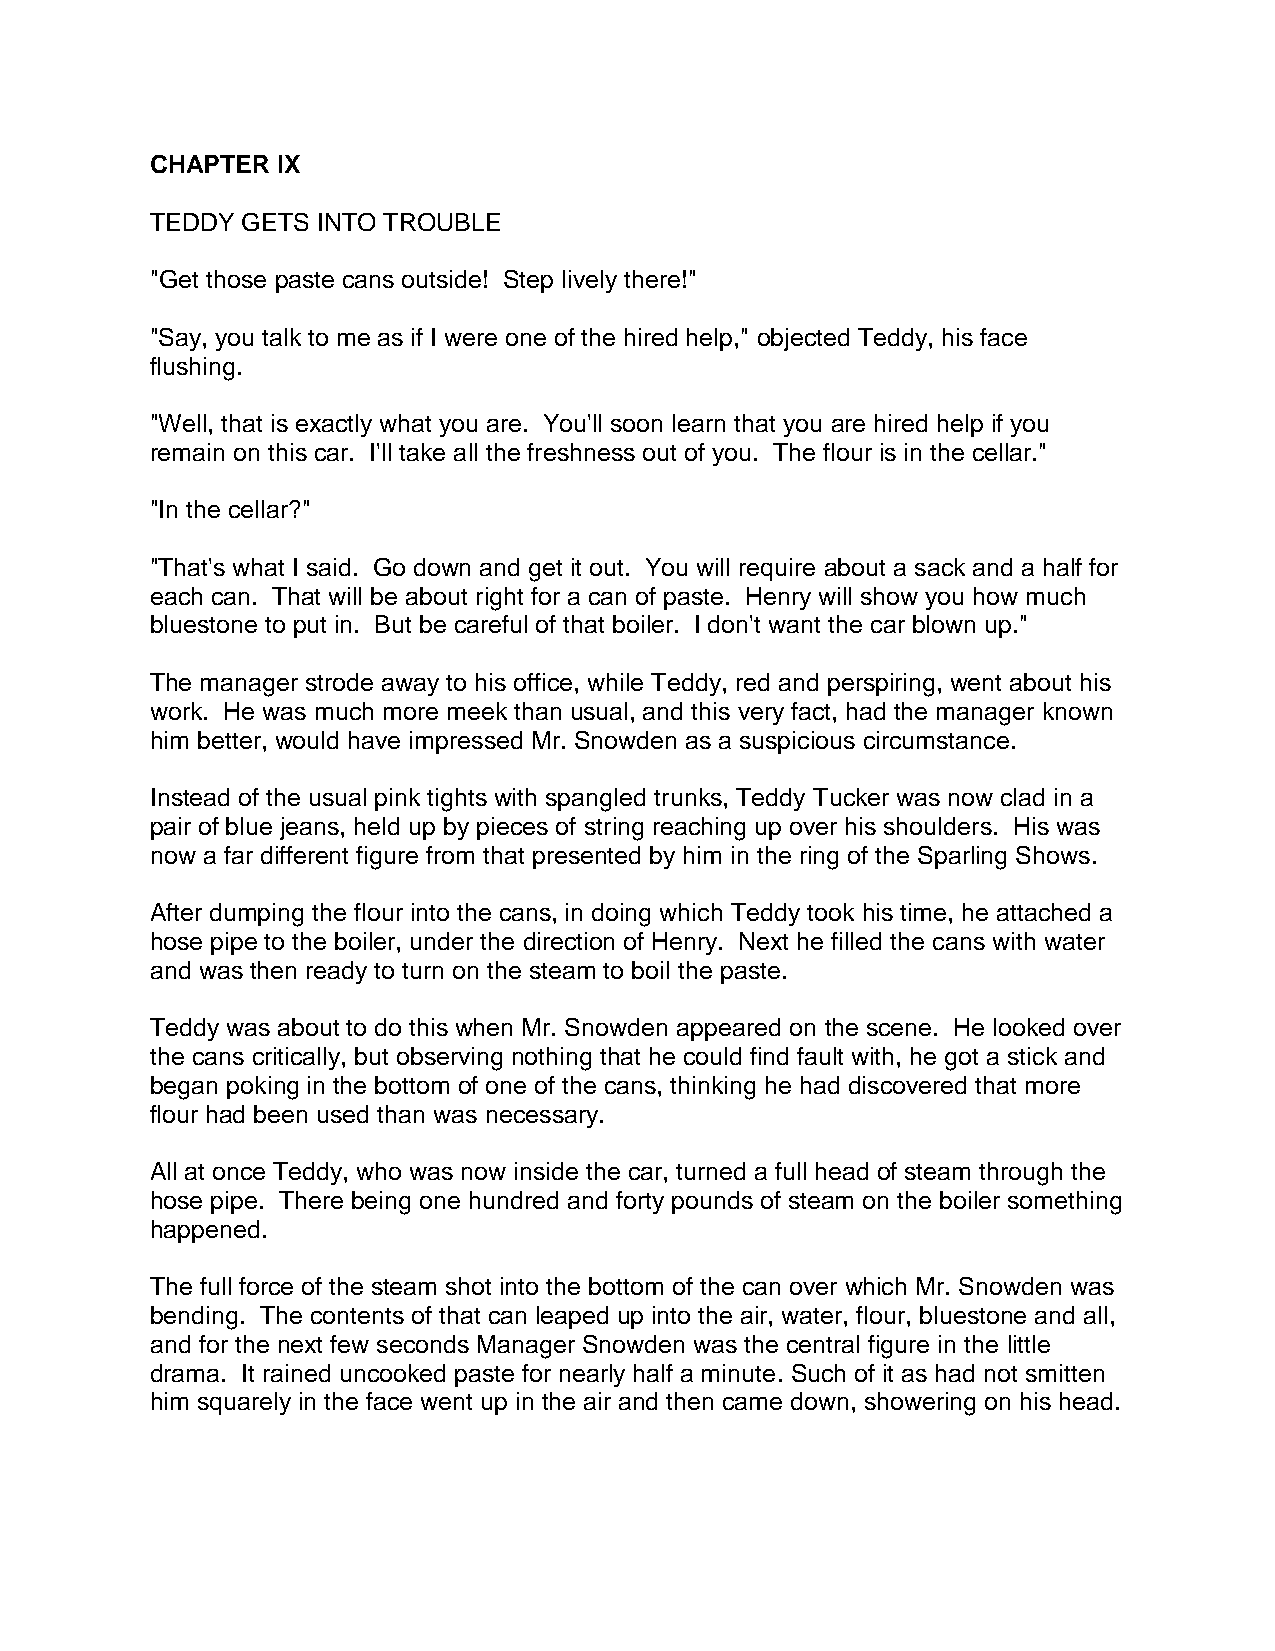
CHAPTER IX
 TEDDY GETS INTO TROUBLE
 "Get those paste cans outside! Step lively there!"
 "Say, you talk to me as if I were one of the hired help," objected Teddy, his face
 flushing.
 "Well, that is exactly what you are. You'll soon learn that you are hired help if you
 remain on this car. I'll take all the freshness out of you. The flour is in the cellar."
 "In the cellar?"
 "That's what I said. Go down and get it out. You will require about a sack and a half for
 each can. That will be about right for a can of paste. Henry will show you how much
 bluestone to put in. But be careful of that boiler. I don't want the car blown up."
 The manager strode away to his office, while Teddy, red and perspiring, went about his
 work. He was much more meek than usual, and this very fact, had the manager known
 him better, would have impressed Mr. Snowden as a suspicious circumstance.
 Instead of the usual pink tights with spangled trunks, Teddy Tucker was now clad in a
 pair of blue jeans, held up by pieces of string reaching up over his shoulders. His was
 now a far different figure from that presented by him in the ring of the Sparling Shows.
 After dumping the flour into the cans, in doing which Teddy took his time, he attached a
 hose pipe to the boiler, under the direction of Henry. Next he filled the cans with water
 and was then ready to turn on the steam to boil the paste.
 Teddy was about to do this when Mr. Snowden appeared on the scene. He looked over
 the cans critically, but observing nothing that he could find fault with, he got a stick and
 began poking in the bottom of one of the cans, thinking he had discovered that more
 flour had been used than was necessary.
 All at once Teddy, who was now inside the car, turned a full head of steam through the
 hose pipe. There being one hundred and forty pounds of steam on the boiler something
 happened.
 The full force of the steam shot into the bottom of the can over which Mr. Snowden was
 bending. The contents of that can leaped up into the air, water, flour, bluestone and all,
 and for the next few seconds Manager Snowden was the central figure in the little
 drama. It rained uncooked paste for nearly half a minute. Such of it as had not smitten
 him squarely in the face went up in the air and then came down, showering on his head.